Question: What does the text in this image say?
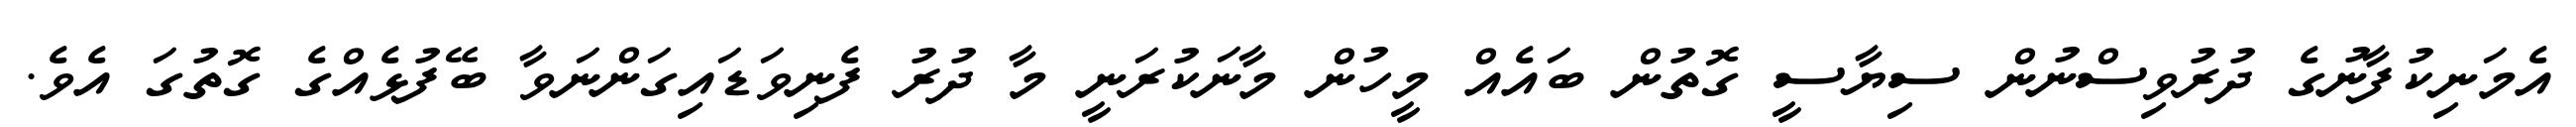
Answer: އެމަނިކުފާނުގެ ދުރުވިސްނުން ސިޔާސީ ގޮތުން ބައެއް މީހުން މާނަކުރަނީ މާ ދުރު ފެނިވަޑައިގަންނަވާ ބޭފުޅެއްގެ ގޮތުގަ އެވެ.